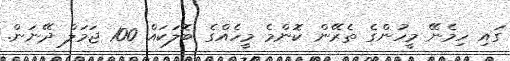
ގައި ހިމެނޭ މީހުންގެ ތެރޭން ކޮންމެ މީހެއްގެ ބޮލަކައް 100 ޖަމަލް ދޭނަން.